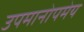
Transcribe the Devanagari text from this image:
उपमानोपमेय